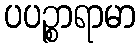
ပပဉ္စာရာမာ